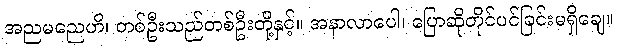
အညမညေဟိ၊ တစ်ဦးသည်တစ်ဦးတို့နှင့်။ အနာလာပေါ၊ ပြောဆိုတိုင်ပင်ခြင်းမရှိချေ။